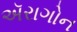
ઍરાગોન